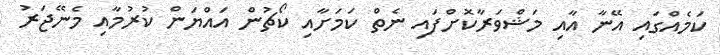
ކަމެއްގައި އޭނާ އާއި މަޝްވަރާކޮށްފައި ނެތް ކަމަށާއި ކޯޗުން އައްޔަން ކުރުމާއި މެނޭޖަރު